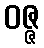
ဝဇ္ဇ